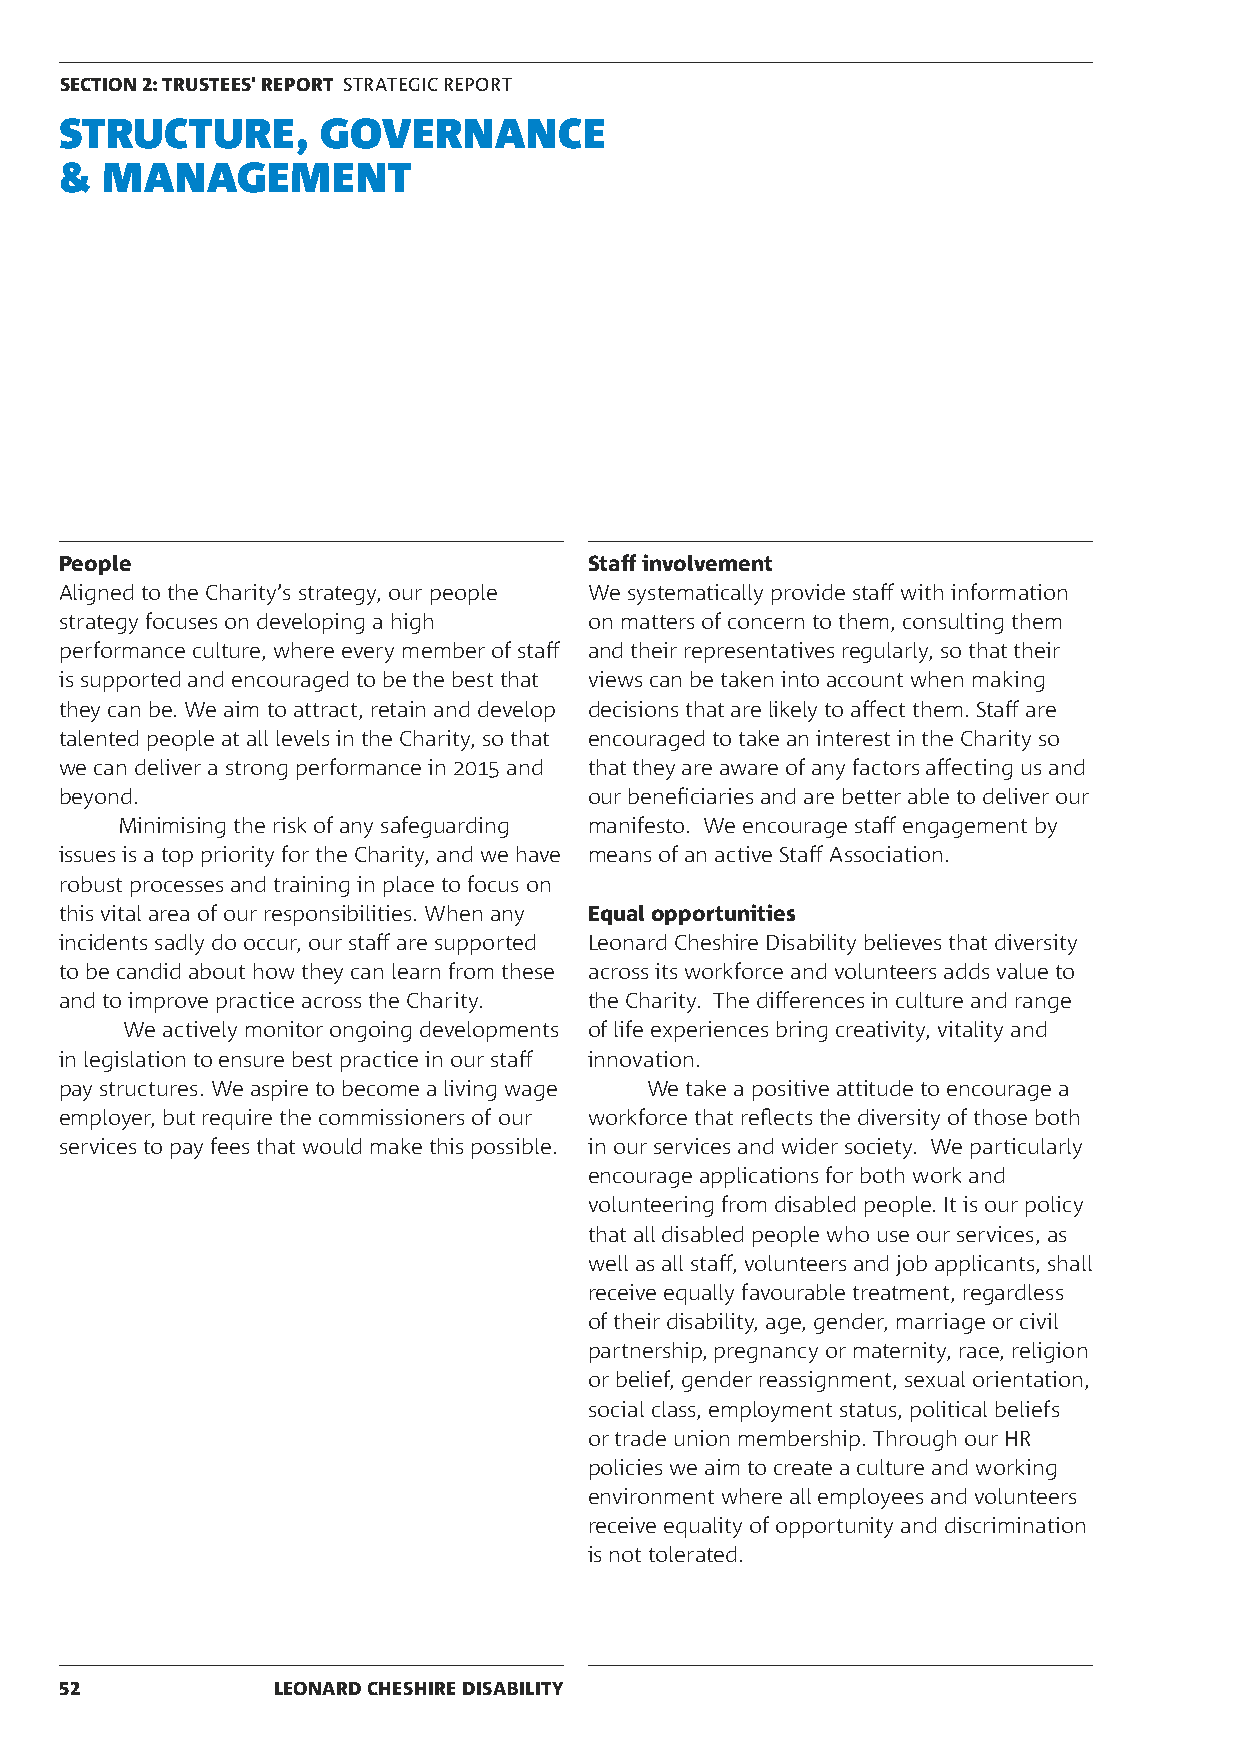
SECTION 2: TRUSTEES' REPORT STRATEGIC REPORT
 STRUCTURE,       GOVERNANCE
 &  MANAGEMENT
 People                             Staff involvement
 Aligned to the Charity’s strategy, our people We systematically provide staff with information
 strategy focuses on developing a high on matters of concern to them, consulting them
 performance culture, where every member of staff and their representatives regularly, so that their
 is supported and encouraged to be the best that views can be taken into account when making
 they can be. We aim to attract, retain and develop decisions that are likely to affect them. Staff are
 talented people at all levels in the Charity, so that encouraged to take an interest in the Charity so
 we can deliver a strong performance in 2015 and that they are aware of any factors affecting us and
 beyond.                            our beneficiaries and are better able to deliver our
 Minimising the risk of any safeguarding manifesto. We encourage staff engagement by
 issues is a top priority for the Charity, and we have means of an active Staff Association.
 robust processes and training in place to focus on
 this vital area of our responsibilities. When any Equal opportunities
 incidents sadly do occur, our staff are supported Leonard Cheshire Disability believes that diversity
 to be candid about how they can learn from these across its workforce and volunteers adds value to
 and to improve practice across the Charity. the Charity. The differences in culture and range
 We actively monitor ongoing developments of life experiences bring creativity, vitality and
 in legislation to ensure best practice in our staff innovation.
 pay structures. We aspire to become a living wage We take a positive attitude to encourage a
 employer, but require the commissioners of our workforce that reflects the diversity of those both
 services to pay fees that would make this possible. in our services and wider society. We particularly
 encourage applications for both work and
 volunteering from disabled people. It is our policy
 that all disabled people who use our services, as
 well as all staff, volunteers and job applicants, shall
 receive equally favourable treatment, regardless
 of their disability, age, gender, marriage or civil
 partnership, pregnancy or maternity, race, religion
 or belief, gender reassignment, sexual orientation,
 social class, employment status, political beliefs
 or trade union membership. Through our HR
 policies we aim to create a culture and working
 environment where all employees and volunteers
 receive equality of opportunity and discrimination
 is not tolerated.
 52            LEONARD CHESHIRE DISABILITY